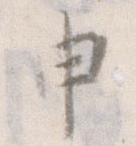
申